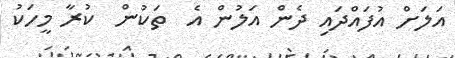
އަލަށް އުފައްދައި ދެން އަލުން އެ  ތަކުން  ކުރާ މީހަކު